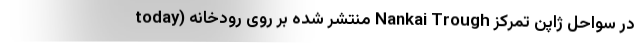
today) منتشر شده بر روی رودخانه Nankai Trough در سواحل ژاپن تمرکز